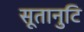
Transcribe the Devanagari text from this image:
सूतानुटि